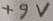
Text: +9V